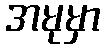
အမုမှာ